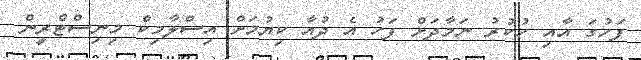
ފަހުގަ އާއި ހުކުރު ނަމާދަށް ފަހު އެ ދުއާ ކިޔުމަށް އިސްލާމިކް މިނިސްޓްރީން